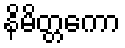
နိမိတ္တကော